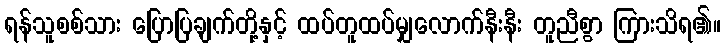
ရန်သူစစ်သား ပြောပြချက်တို့နှင့် ထပ်တူထပ်မျှလောက်နီးနီး တူညီစွာ ကြားသိရ၏။